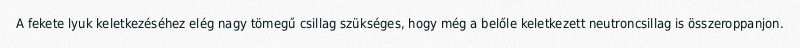
A fekete lyuk keletkezéséhez elég nagy tömegű csillag szükséges, hogy még a belőle keletkezett neutroncsillag is összeroppanjon.